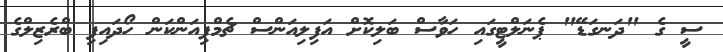
ސީ ގެ "ދަނގަޑޭ" ޕެނަލްޓީގައި ހަވާސް ބަލިކޮށް އަފިލިއަންސް ޗެމްޕިއަންކަން ހޯދައިފި ބްރެޒިލްގެ